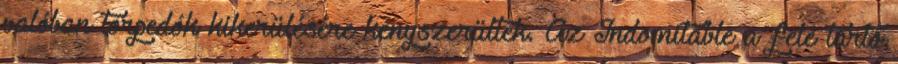
valóban torpedók kikerülésére kényszerültek. Az Indomitable a felé tartó